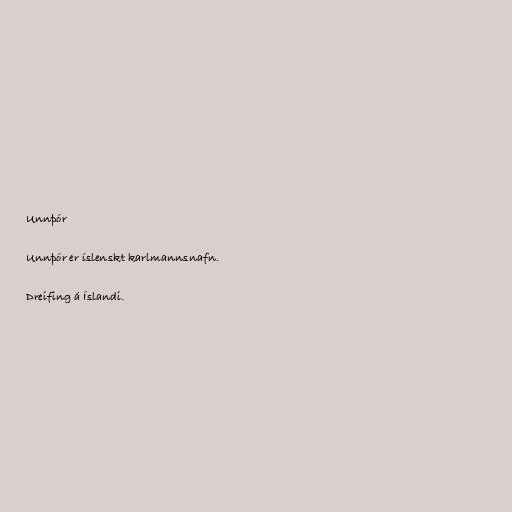
Unnþór

Unnþór er íslenskt karlmannsnafn.

Dreifing á Íslandi.